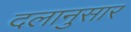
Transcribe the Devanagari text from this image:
दलानुसार